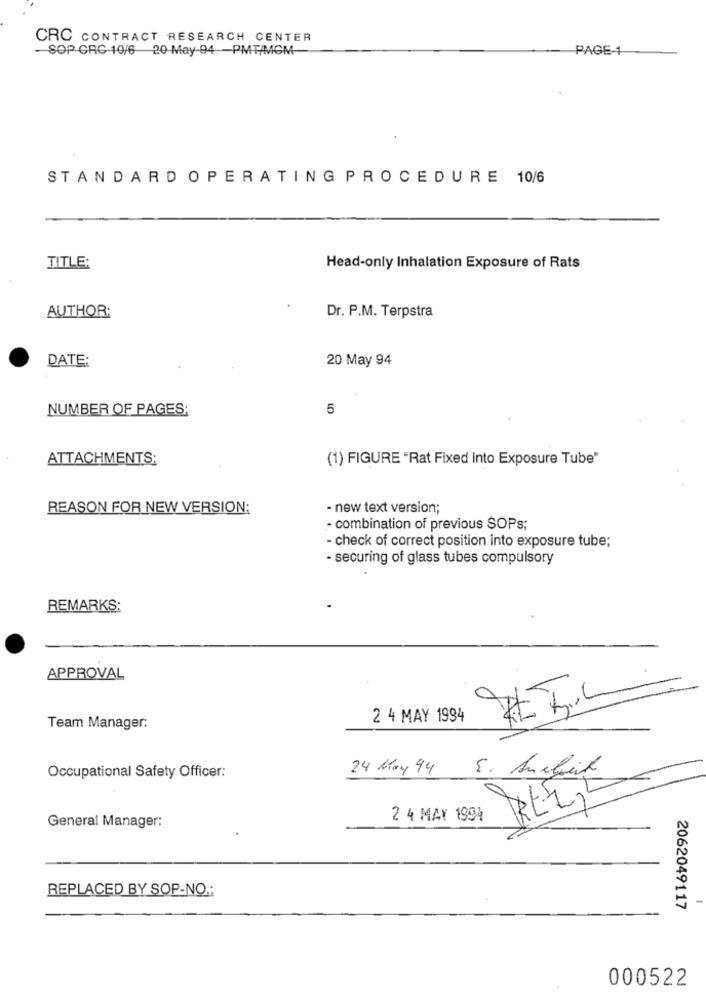
CRC CONTRACT RESEARCH CENTER
- SOP CRC 10/6 20-May-94 -PMT/MGM
PAGE-1
STANDARD OPERATING PROCEDURE 10/6
TITLE:
Head-only Inhalation Exposure of Rats
AUTHOR:
Dr. P.M. Terpstra
DATE:
20 May 94
NUMBER OF PAGES;
5
ATTACHMENTS:
(1) FIGURE "Rat Fixed into Exposure Tube"
REASON FOR NEW VERSION:
- new text version;
- combination of previous SOPs;
- check of correct position into exposure tube;
- securing of glass tubes compulsory
REMARKS:
APPROVAL
REAL
2 4 MAY 1994
Team Manager:
24 May 94
5. Analit
Occupational Safety Officer:
General Manager:
2 4 MAY 1994
REPLACED BY SOP-NO .:
2062049117
000522